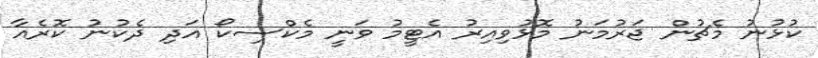
ކުޅުނު މެޗުން ޖަރުމަނު މޮޅުވިއިރު އެޓީމު ވަނީ މެކްސިކޯ އަދި ދެކުނު ކޮރެއާ